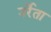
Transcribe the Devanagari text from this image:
उर्रेता